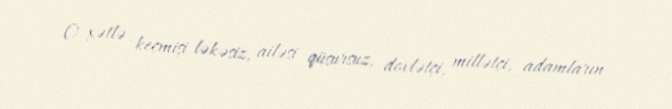
O xətlə keçmişi ləkəsiz, ailəsi qüsursuz, dovlətçi, millətçi, adamların